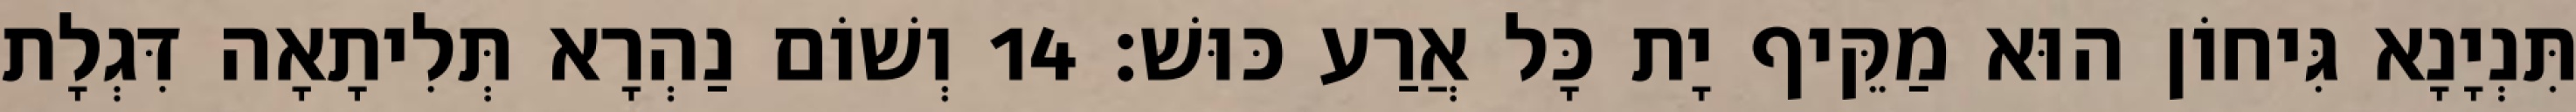
תִּנְיָנָא גִּיחוֹן הוּא מַקֵּיף יָת כָּל אֲרַע כּוּשׁ׃ 14 וְשׁוֹם נַהְרָא תְּלִיתָאָה דִּגְלָת